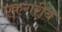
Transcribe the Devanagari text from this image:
एकगरीब